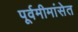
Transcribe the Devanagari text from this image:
पूर्वमीमांसेत